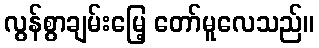
လွန်စွာချမ်းမြေ့ တော်မူလေသည်။